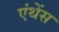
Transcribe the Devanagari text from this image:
एंथेंस